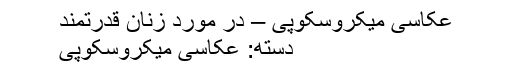
عکاسی میکروسکوپی – در مورد زنان قدرتمند
دسته: عکاسی میکروسکوپی